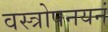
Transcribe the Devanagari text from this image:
वस्त्रोपनयनं